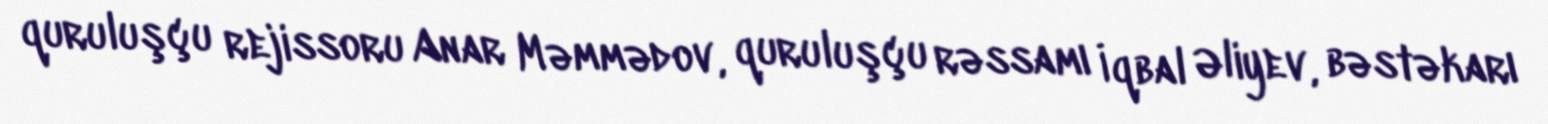
quruluşçu rejissoru Anar Məmmədov, quruluşçu rəssamı İqbal Əliyev, bəstəkarı